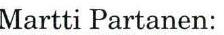
Martti Partanen: